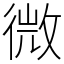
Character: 微